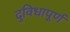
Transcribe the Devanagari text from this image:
दुविधापूर्ण